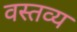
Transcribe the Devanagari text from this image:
वस्तव्य